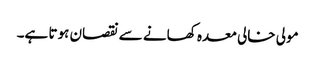
مولی خالی معدہ کھانے سے نقصان ہوتا ہے۔